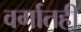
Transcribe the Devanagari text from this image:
वर्गातही